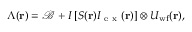
\Lambda ( \mathbf { r } ) = \mathcal { B } + I \left[ S ( \mathbf { r } ) I _ { \mathrm { ~ e ~ x ~ } } ( \mathbf { r } ) \right] \otimes U _ { \mathrm { w f } } ( \mathbf { r } ) ,